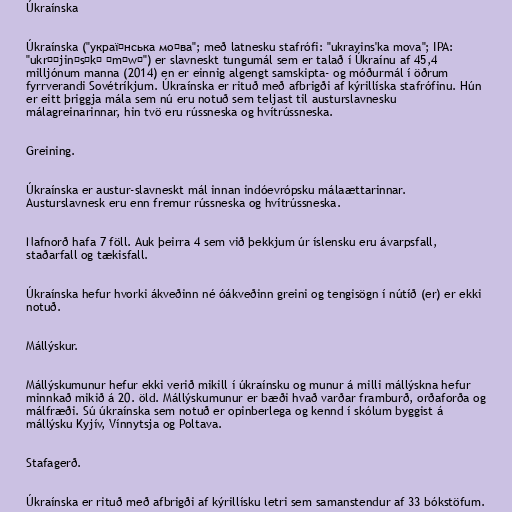
Úkraínska

Úkraínska ("украї́нська мо́ва"; með latnesku stafrófi: "ukrayins'ka mova"; IPA:
"ukrɑˈjinʲsʲkɑ ˈmɔwɑ") er slavneskt tungumál sem er talað í Úkraínu af 45,4
milljónum manna (2014) en er einnig algengt samskipta- og móðurmál í öðrum
fyrrverandi Sovétríkjum. Úkraínska er rituð með afbrigði af kýrillíska stafrófinu. Hún
er eitt þriggja mála sem nú eru notuð sem teljast til austurslavnesku
málagreinarinnar, hin tvö eru rússneska og hvítrússneska.

Greining.

Úkraínska er austur-slavneskt mál innan indóevrópsku málaættarinnar.
Austurslavnesk eru enn fremur rússneska og hvítrússneska.

Nafnorð hafa 7 föll. Auk þeirra 4 sem við þekkjum úr íslensku eru ávarpsfall,
staðarfall og tækisfall.

Úkraínska hefur hvorki ákveðinn né óákveðinn greini og tengisögn í nútíð (er) er ekki
notuð.

Mállýskur.

Mállýskumunur hefur ekki verið mikill í úkraínsku og munur á milli mállýskna hefur
minnkað mikið á 20. öld. Mállýskumunur er bæði hvað varðar framburð, orðaforða og
málfræði. Sú úkraínska sem notuð er opinberlega og kennd í skólum byggist á
mállýsku Kyjív, Vínnytsja og Poltava.

Stafagerð.

Úkraínska er rituð með afbrigði af kýrillísku letri sem samanstendur af 33 bókstöfum.